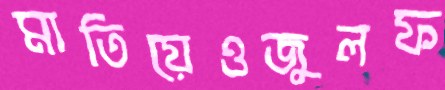
মাতিয়েওজুলফ